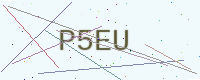
Text: P5EU